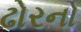
ઢોરનો